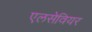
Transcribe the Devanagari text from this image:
एलसेवियर